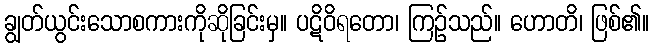
ချွတ်ယွင်းသောစကားကိုဆိုခြင်းမှ။ ပဋိဝိရတော၊ ကြဉ်သည်။ ဟောတိ၊ ဖြစ်၏။